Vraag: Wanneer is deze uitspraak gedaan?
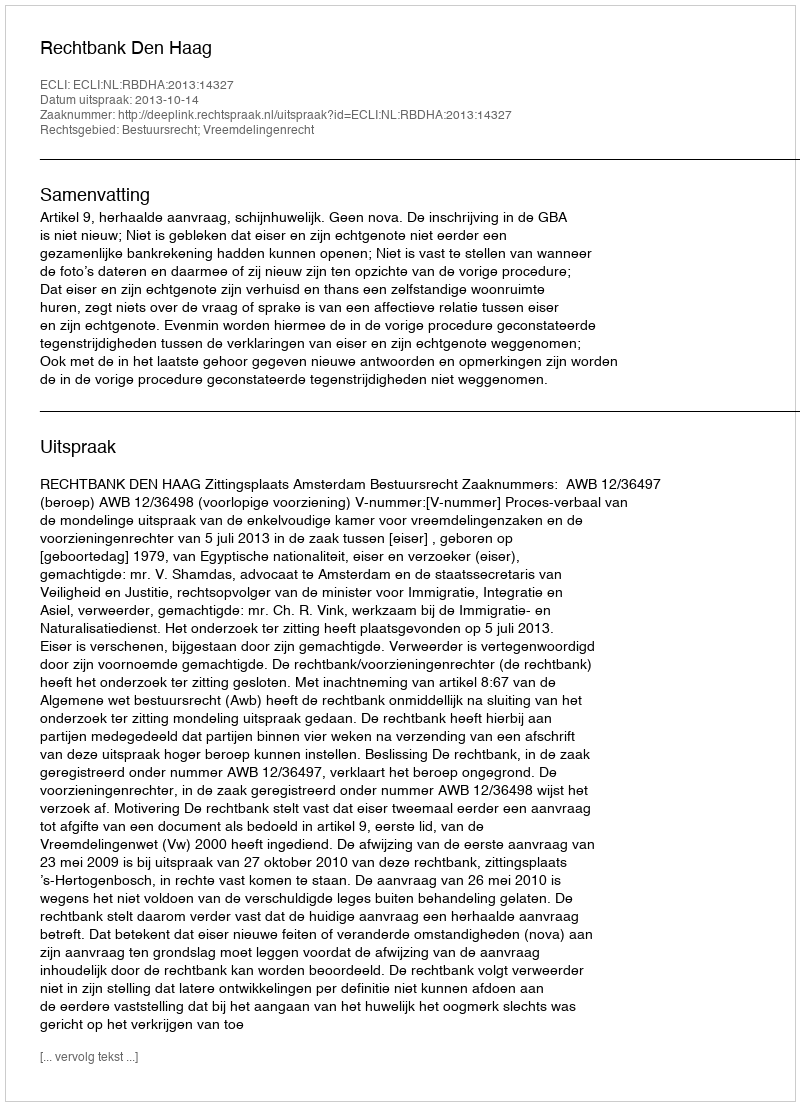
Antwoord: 2013-10-14